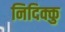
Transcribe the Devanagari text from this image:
निदिक्कु